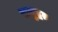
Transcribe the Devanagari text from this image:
समुद्रत